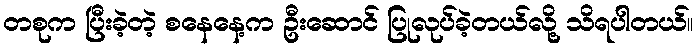
တစုက ပြီးခဲ့တဲ့ စနေနေ့က ဦးဆောင် ပြုလုပ်ခဲ့တယ်လို့ သိရပါတယ်။